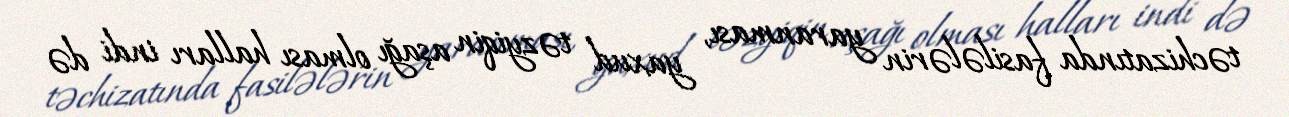
təchizatında fasilələrin yaranması, yaxud təzyiqin aşağı olması halları indi də